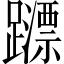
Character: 𨆺